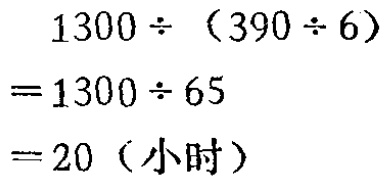
\[
\begin{align*}
&1300\div(390\div6)\\
=&1300\div65\\
=&20（小时）
\end{align*}
\]